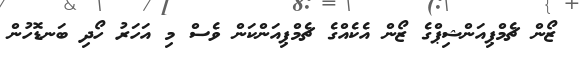
ޒޯން ޗެމްޕިއަންޝިޕްގެ ޒޯން އެކެއްގެ ޗެމްޕިއަންކަން ވެސް މި އަހަރު ހޯދި ބަނޑޮހުން